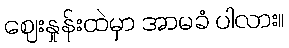
ဈေးနှုန်းထဲမှာ အာမခံ ပါလား။